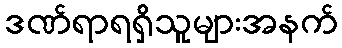
ဒဏ်ရာရရှိသူများအနက်